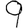
Digit: 9